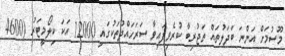
މޫސުމަށް އަންނަ ބަދަލުތައް ތަޖުރިބާ ކުރެވިފައިވާ ސަރަހައްދުތަކުގައި 12000 އަކަ ކިލޯމީޓަރު (4600